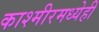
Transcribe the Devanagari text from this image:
काश्मीरमध्येही